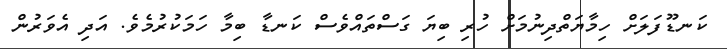
ކަނޑޫފަލަށް ހިމާޔަތްދިނުމަށް ހުރި ބިޔަ ގަސްތައްވެސް ކަނޑާ ބިމާ ހަމަކުރުމެވެ. އަދި އެވަރުން